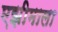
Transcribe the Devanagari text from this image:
एझीमाला